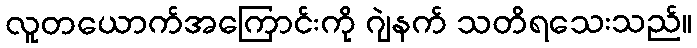
လူတယောက်အကြောင်းကို ဂျဲနက် သတိရသေးသည်။